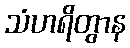
သံဟရိတွာန